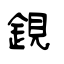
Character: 鋧